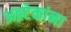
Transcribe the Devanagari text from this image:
अझ्टेकांना